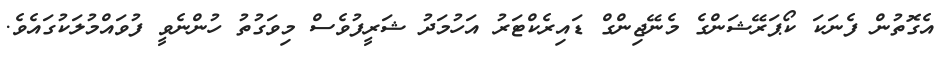
އެގޮތުން ފެނަކަ ކޯޕަރޭޝަންގެ މެނޭޖިންގް ޑައިރެކްޓަރު އަހުމަދު ޝަރީފުވެސް މިވަގުތު ހުންނެވީ ފުވައްމުލަކުގައެވެ.